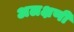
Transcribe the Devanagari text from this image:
अलक्षणी